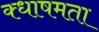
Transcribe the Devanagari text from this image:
क्धाषमता